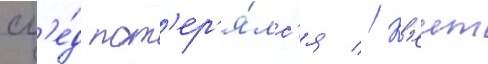
сл'е́д пот'ер'я́лс'я // К'еит